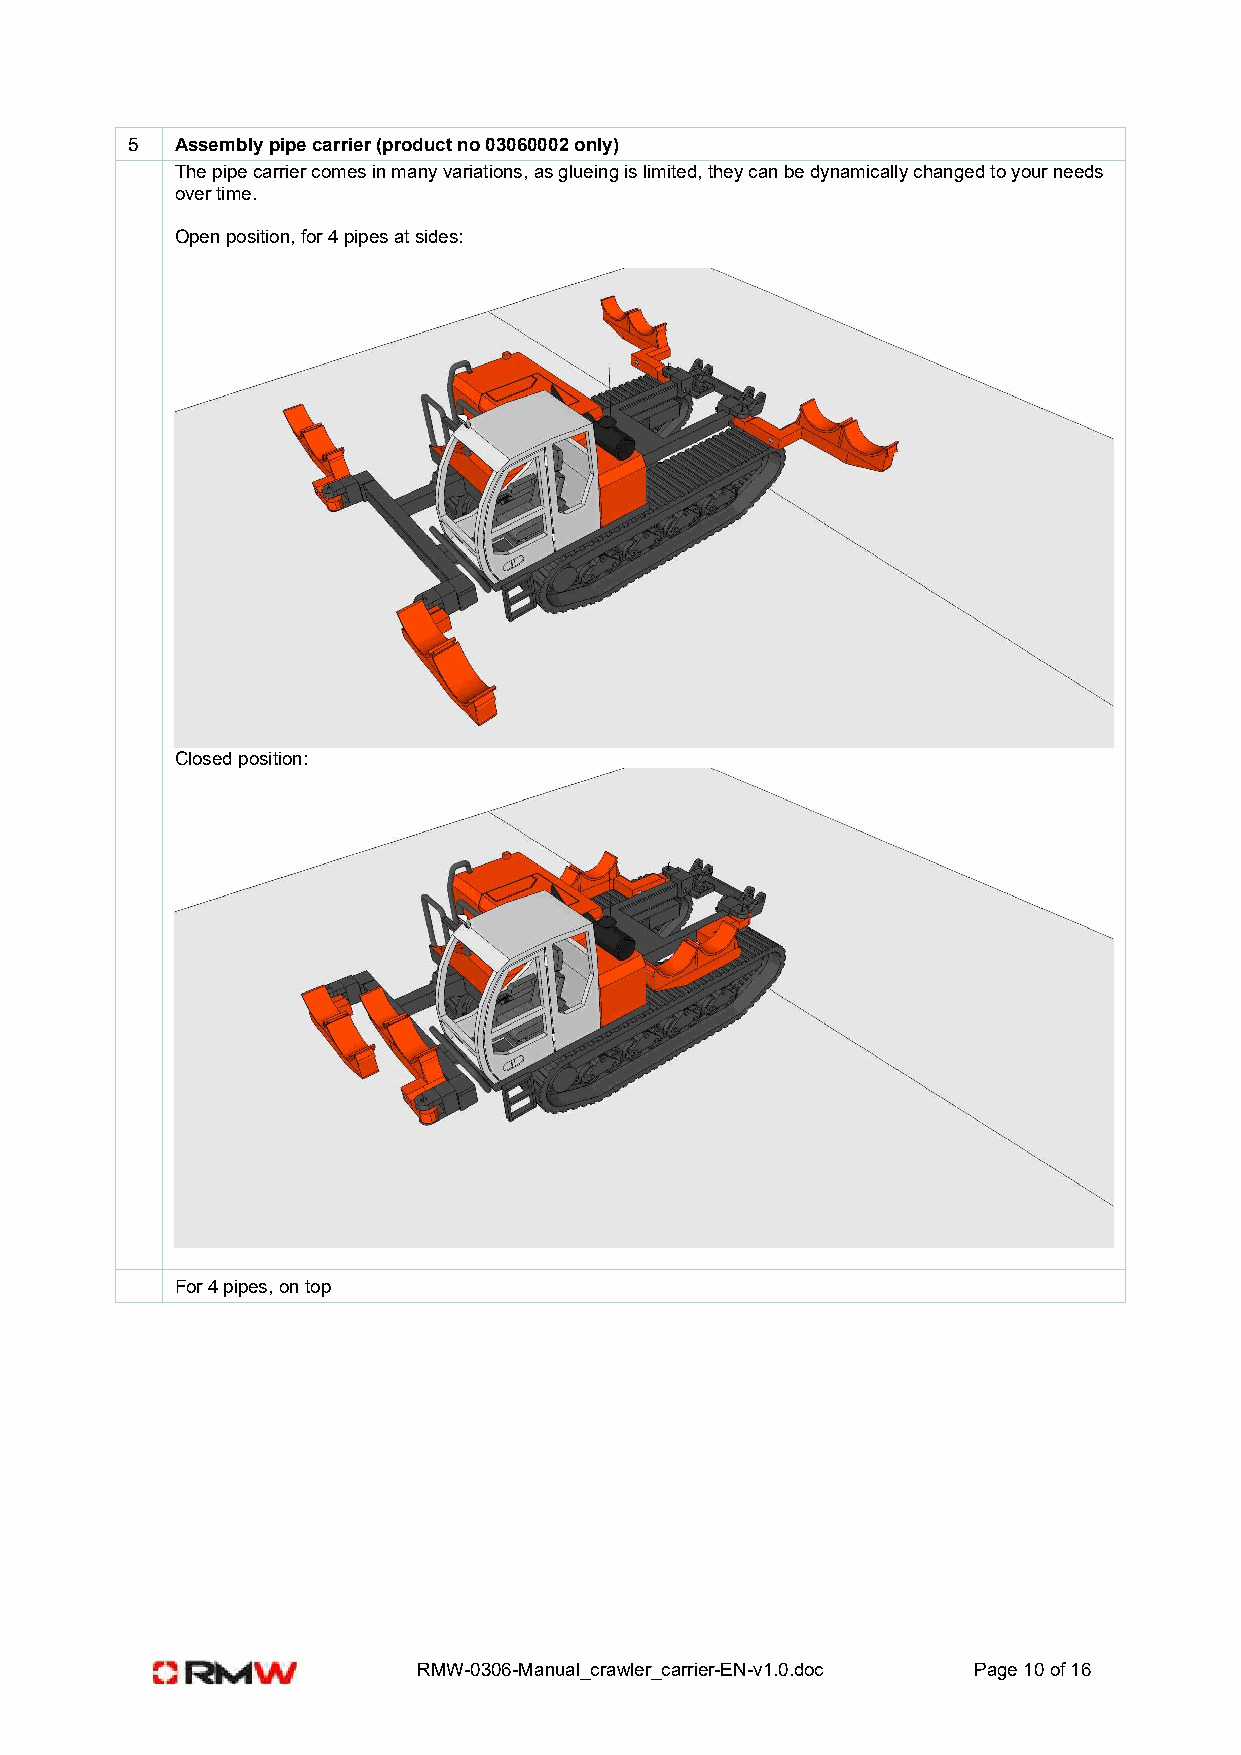
5   Assembly pipe carrier (product no 03060002 only)
 The pipe carrier comes in many variations, as glueing is limited, they can be dynamically changed to your needs
 over time.
 Open position, for 4 pipes at sides:
 Closed position:
 For 4 pipes, on top
 RMW-0306-Manual_crawler_carrier-EN-v1.0.doc Page 10 of 16